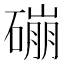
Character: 磞